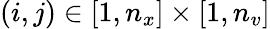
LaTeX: (i,j)\in[1,n_{x}]\times[1,n_{v}]